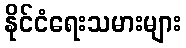
နိုင်ငံရေးသမားများ